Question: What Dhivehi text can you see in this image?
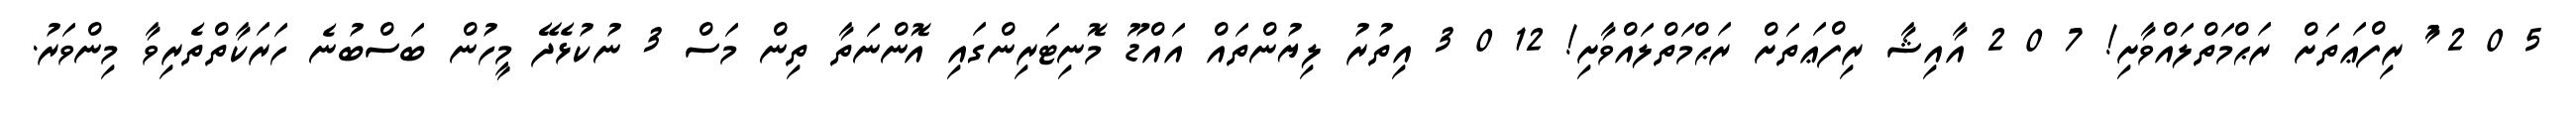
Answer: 5 0 2 ާަުަަަ ރިފްޢަތަށް ރަޙްމަތްލައްވާށި! 7 0 2 އާއިޝާ ރިފްޢަތަށް ރަޙްމަތްލައްވާށި! 12 0 3 އިތުރު ލިޔުންތައް އައްޑޫ މޮނިޓަރިންގައި އޮންނަތާ ތިން މަސް 3 ނުކުޅެދޭ މީހުން ބަސްބުނެ ހަރަކާތްތެރިވާ މިންވަރު.